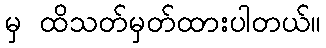
မှ ထိသတ်မှတ်ထားပါတယ်။